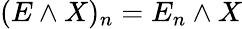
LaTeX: (E\wedge X)_{n}=E_{n}\wedge X